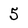
Character: 5